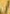
/